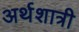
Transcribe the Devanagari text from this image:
अर्थशात्री